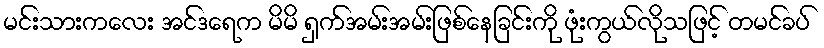
မင်းသားကလေး အင်ဒရေက မိမိ ရှက်အမ်းအမ်းဖြစ်နေခြင်းကို ဖုံးကွယ်လိုသဖြင့် တမင်ခပ်